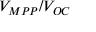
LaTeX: V _ { M P P } / V _ { O C }